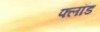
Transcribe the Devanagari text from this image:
फ्लॉड